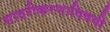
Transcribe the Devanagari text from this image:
सादरीकरणाविषयी